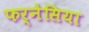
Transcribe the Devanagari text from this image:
फर्नेसिया